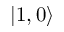
\left| 1 , 0 \right\rangle